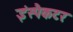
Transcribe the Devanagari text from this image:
इंस्पैकटर